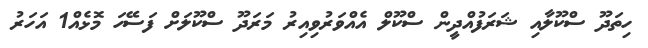
ހިތަދޫ ސްކޫލާއި ޝަރަފުއްދީން ސްކޫލް އެއްވަރުވިއިރު މަރަދޫ ސްކޫލަށް ފަސޭހަ މޮޅެއް1 އަހަރު